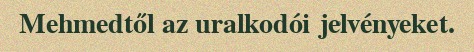
Mehmedtől az uralkodói jelvényeket.